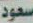
سعود